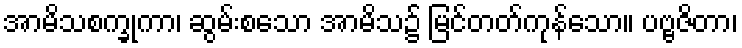
အာမိသစက္ခုကာ၊ ဆွမ်းစသော အာမိသ၌ မြင်တတ်ကုန်သော။ ပဗ္ဗဇိတာ၊